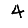
Digit: 4